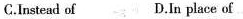
C. Instead of D. In place of